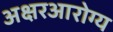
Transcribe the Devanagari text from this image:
अक्षरआरोग्य